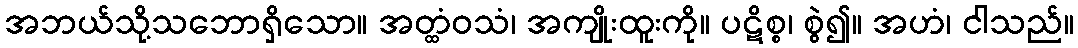
အဘယ်သို့သဘောရှိသော။ အတ္ထံဝသံ၊ အကျိုးထူးကို။ ပဋိစ္စ၊ စွဲ၍။ အဟံ၊ ငါသည်။